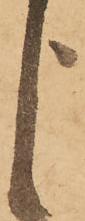
よ